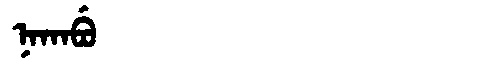
Manchu: ᠨᠠᡴᠠᠪᡠ
Romanization: NAKABU